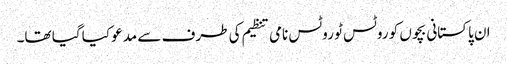
ان پاکستانی بچوں کو روٹس ٹو روٹس نامی تنظیم کی طرف سے مدعو کیا گیا تھا۔